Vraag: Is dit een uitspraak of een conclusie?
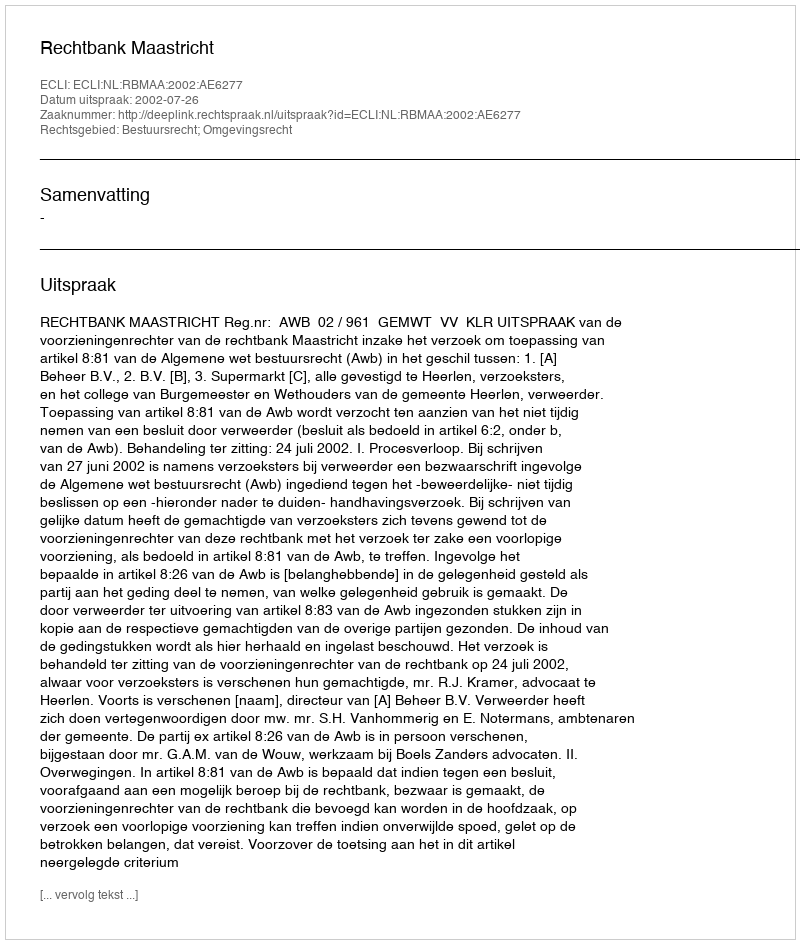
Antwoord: Uitspraak